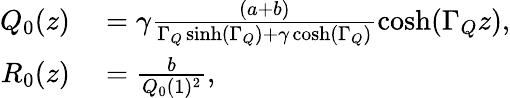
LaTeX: \begin{array}{rl}{Q_{0}(z)}&{{}=\gamma\frac{(a+b)}{\Gamma_{Q}\sinh(\Gamma_{Q})+\gamma\cosh(\Gamma_{Q})}\cosh(\Gamma_{Q}z),}\\ {R_{0}(z)}&{{}=\frac{b}{Q_{0}(1)^{2}},}\end{array}